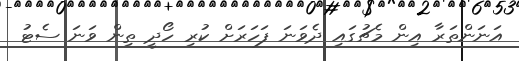
އަނަންތަރާ އިން މެޗުގައި ދެވަނަ ފަހަރަށް ކުރި ހޯދީ ތިން ވަނަ ސެޓު